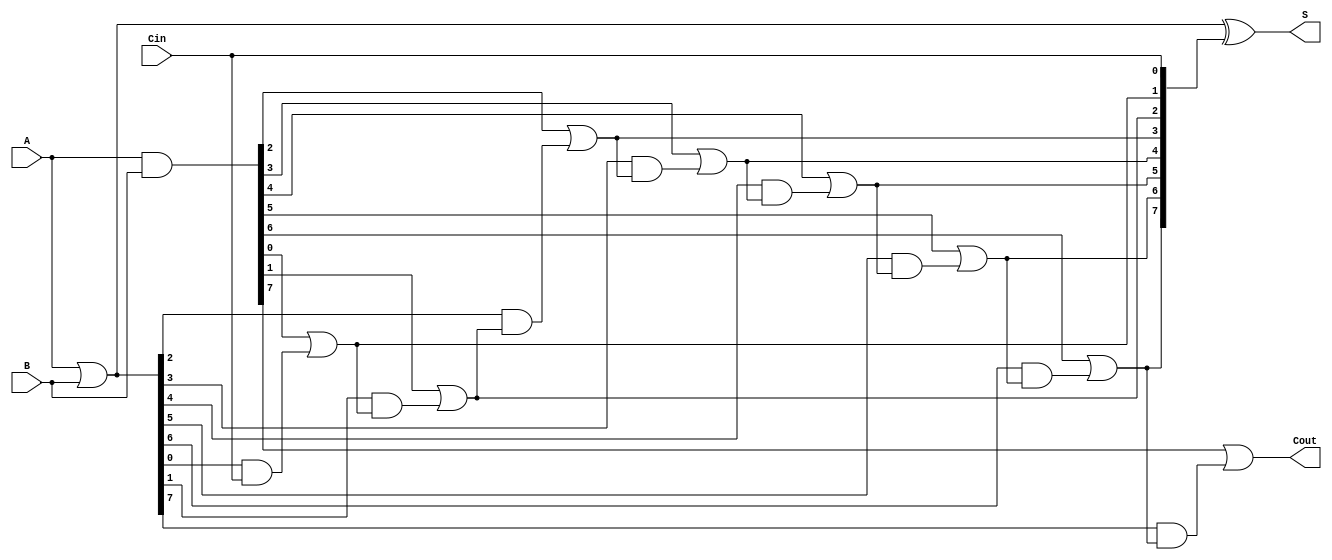
module VariableLatencyCLA #(
    parameter N = 8 // Bit-width of the adder
)(
    input  wire [N-1:0] A,    // First operand
    input  wire [N-1:0] B,    // Second operand
    input  wire Cin,           // Input carry
    output wire [N-1:0] S,     // Sum output
    output wire Cout           // Carry out
);

    // Generate and Propagate signals
    wire [N-1:0] G; // Generate
    wire [N-1:0] P; // Propagate
    wire [N:0] C;   // Carry signals

    // Generate and Propagate logic
    assign G = A & B;         // G[i] = A[i] & B[i]
    assign P = A | B;         // P[i] = A[i] | B[i]

    // Carry Lookahead Logic
    assign C[0] = Cin; // C[0] is the input carry

    genvar i;
    generate
        for (i = 1; i < N; i = i + 1) begin : carry_logic
            assign C[i] = G[i-1] | (P[i-1] & C[i-1]); // C[i] = G[i-1] | (P[i-1] & C[i-1])
        end
    endgenerate

    assign C[N] = G[N-1] | (P[N-1] & C[N-1]); // Carry out

    // Sum generation
    assign S = P ^ C[N-1:0]; // S[i] = P[i] ^ C[i]

    // Carry out signal
    assign Cout = C[N]; // Final carry out

endmodule